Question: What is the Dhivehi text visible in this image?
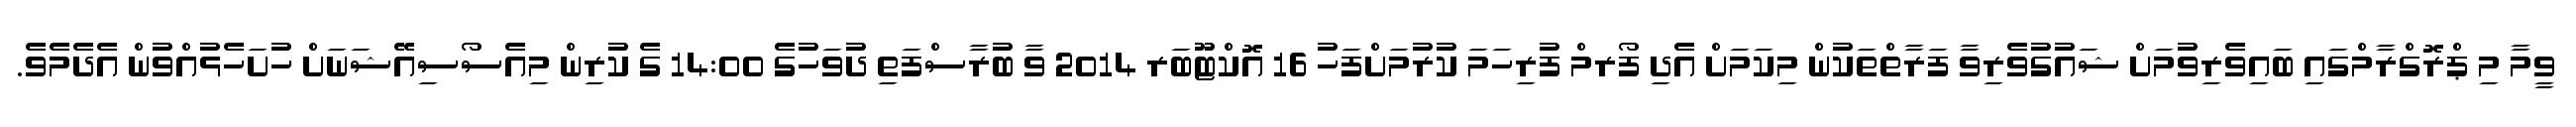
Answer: ވީމާ މި ޕްރޮގްރާމްގައި ބައިވެރިވުމަށް ޝައުގުވެރިވާ ފަރާތްތަކުން މިކަމަށް އެދި ފޯރމް ފުރިހަމަ ކުރުމަށްފަހު 16 އޮކްޓޫބަރ 2014 ވާ ބުރާސްފަތި ދުވަހުގެ 14:00 ގެ ކުރިން މިއެސޯސިއޭޝަނަށް ހުށަހެޅުއްވުން އެދެމެވެ.